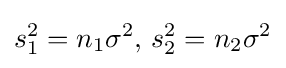
s_{1}^{2}=n_{1}\sigma ^{2},\,s_{2}^{2}=n_{2}\sigma ^{2}